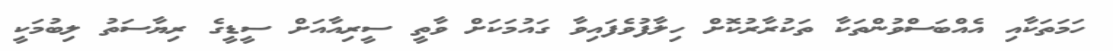
ހަމަތަކާއި އެއްބަސްވުންތަކާ ތަކުރާރުކޮށް ހިލާފުވެފައިވާ ގައުމަކަށް ވާތީ ސީރިއާއަށް ސީޑީގެ ރިޔާސަތު ލިބުމަކީ